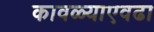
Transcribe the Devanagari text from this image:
कावळ्याएवढा